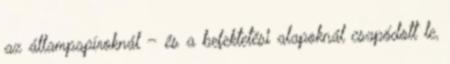
az állampapíroknál – és a befektetési alapoknál csapódott le,